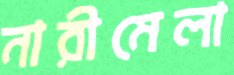
নারীমেলা